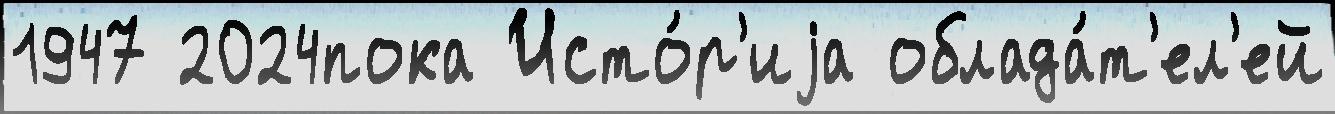
1947 2024пока Исто́р'иjа облада́т'ел'ей